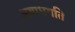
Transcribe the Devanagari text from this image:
अबाधगति